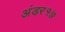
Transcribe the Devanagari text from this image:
अंडर१७